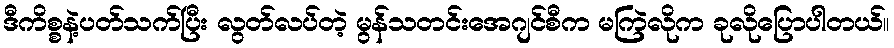
ဒီကိစ္စနဲ့ပတ်သက်ပြီး လွတ်လပ်တဲ့ မွန်သတင်းအေဂျင်စီက မကြဲလိုက ခုလိုပြောပါတယ်။